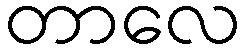
တာလေ